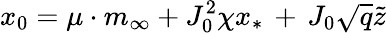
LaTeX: x_{0}=\mu\cdot m_{\infty}+J_{0}^{2}\chi x_{*}\, +\, J_{0}\sqrt{q}\tilde{z}